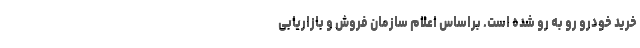
خرید خودرو رو به رو شده است. براساس اعلام سازمان فروش و بازاریابی